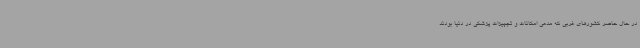
در حال حاضر کشورهای غربی که مدعی امکانات و تجهیزات پزشکی در دنیا بودند